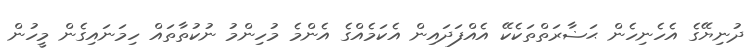
ދުނިޔޭގެ އެހެނިހެން ޙަޟާރަތްތަކެކޭ އެއްފަދައިން އެކަމެއްގެ އެންމެ މުހިންމު ނުކުތާތައް ހިމަނައިގެން މީހުން